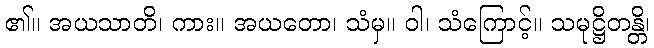
၏။ အယသာတိ၊ ကား။ အယတော၊ သံမှ။ ဝါ၊ သံကြောင့်။ သမုဋ္ဌိတန္တိ၊